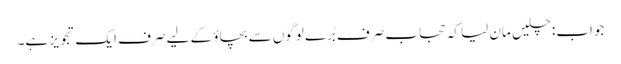
جواب: چلیں مان لیا کہ حجاب صرف بُرے لوگوں سے بچاؤ کے لیے صرف ایک تجویز ہے۔